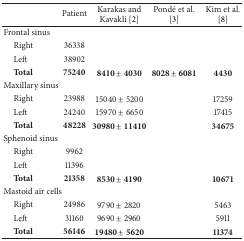
|  | Patient | Karakas and Kavakli [2] | Pondé et al. [3] | Kim et al. [8] |
 | --- | --- | --- | --- | --- |
 | Frontal sinus |  |  |  |  |
 | Right | 36338 |  |  |  |
 | Left | 38902 |  |  |  |
 | Total | 75240 | 8410 ± 4030 | 8028 ± 6081 | 4430 |
 | Maxillary sinus |  |  |  |  |
 | Right | 23988 | 15040 ± 5200 |  | 17259 |
 | Left | 24240 | 15970 ± 6650 |  | 17415 |
 | Total | 48228 | 30980 ± 11410 |  | 34675 |
 | Sphenoid sinus |  |  |  |  |
 | Right | 9962 |  |  |  |
 | Left | 11396 |  |  |  |
 | Total | 21358 | 8530 ± 4190 |  | 10671 |
 | Mastoid air cells |  |  |  |  |
 | Right | 24986 | 9790 ± 2820 |  | 5463 |
 | Left | 31160 | 9690 ± 2960 |  | 5911 |
 | Total | 56146 | 19480 ± 5620 |  | 11374 |